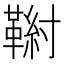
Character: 𩋰